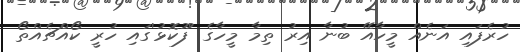
ހުރެފައި އަނެއް މީހާއޭ ބުނާ އިރު ތިމާ މީހާގެ 'ފޫކޮޅު'ގައި ހުރީ ކޯއްޗެއްތޯ